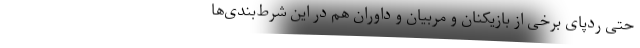
حتی ردپای برخی از بازیکنان و مربیان و داوران هم در این شرط‌بندی‌ها